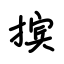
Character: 摈